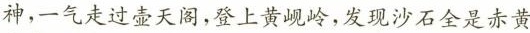
神，一气走过壶天阁，登上黄岘岭，发现沙石全是赤黄